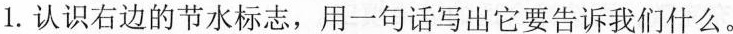
1.认识右边的节水标志，用一句话写出它要告诉我们什么。